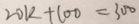
2 0 k + 1 0 0 = 3 0 0